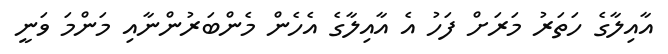
އާއިލާގެ ހަތަރު މަރަށް ފަހު އެ އާއިލާގެ އެހެން މެންބަރުންނާއި މަންމަ ވަނީ